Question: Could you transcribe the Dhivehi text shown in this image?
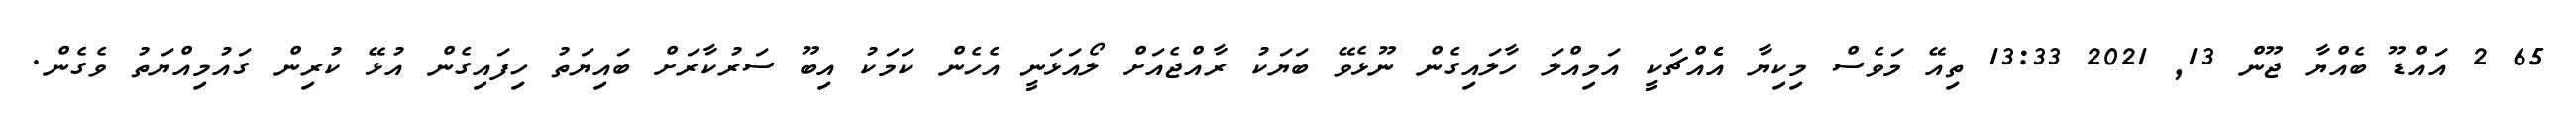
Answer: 65 2 އައްޑޫ ބެއްޔާ ޖޫން 13, 2021 13:33 ތިއޭ މަވެސް މިކިޔާ އެެއްޗަކީ އަމިއްލަ ހާލައިގެން ނޫޅެވޭ ބަޔަކު ރާއްޖެއަށް ލޯއަޅަނީ އެހެން ކަމަކު އިބޫ ސަރުކާރަށް ބައިޔަތު ހިފައިގެން އުޅޭ ކުރިން ގައުމިއްޔަތު ވެގެން.